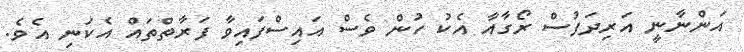
އަންނާނީ އަރިދަފުސް ރޯގާއާ އެކު ހުން ވެސް އައިސްފައިވާ ފަރާތްތައް އެކަނި އެވެ.